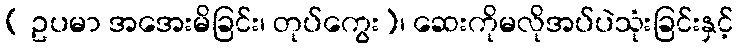
( ဥပမာ အအေးမိခြင်း၊ တုပ်ကွေး)၊ ဆေးကိုမလိုအပ်ပဲသုံးခြင်းနှင့်